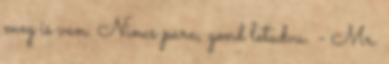
meg is van. Nincs para, gond letudva. - Mr.